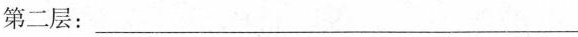
第二层：___